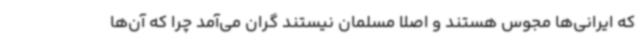
که ایرانی‌ها مجوس هستند و اصلا مسلمان نیستند گران می‌آمد چرا که آن‌ها